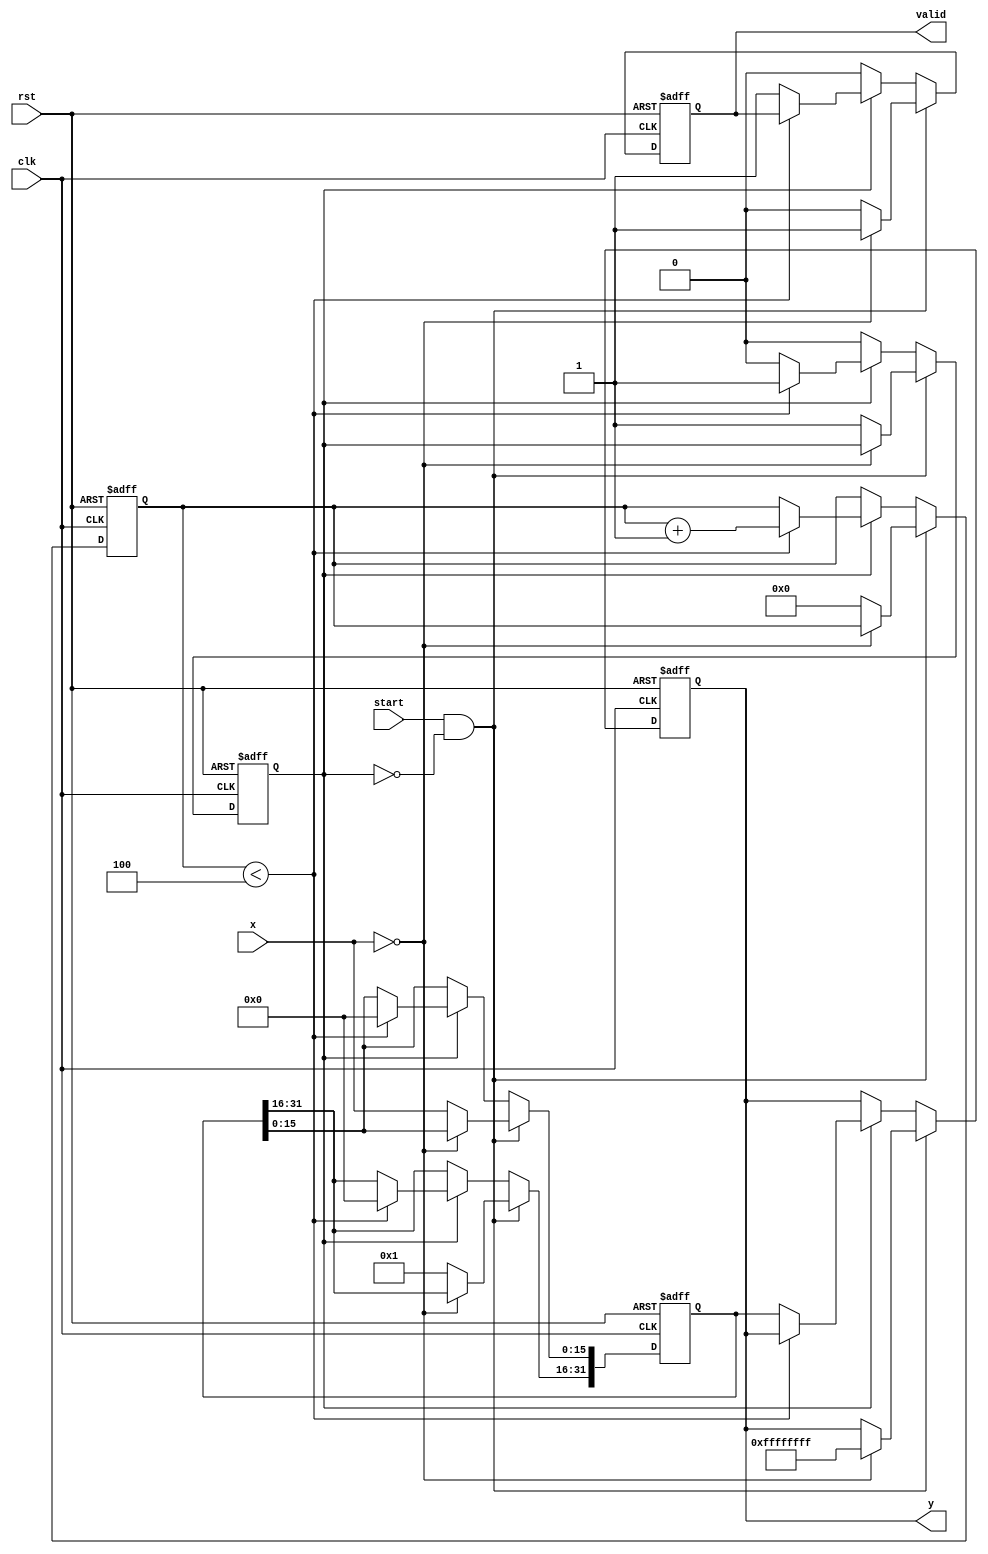
module binary_fractional_reciprocal #(
    parameter N = 16,  // Input width
    parameter M = 32   // Output width (should be greater than N)
)(
    input wire clk,
    input wire rst,
    input wire [N-1:0] x,  // Input: N-bit fixed-point number (0 to 1)
    input wire start,       // Start signal for computation
    output reg [M-1:0] y,   // Output: M-bit fixed-point reciprocal
    output reg valid        // Output valid signal
);

    // Internal state signals
    reg [M-1:0] approx;          // Current approximation of the reciprocal
    reg [3:0] iter;              // Iteration counter
    reg computing;               // Flag to indicate ongoing computation

    // Constants
    localparam MAX_ITER = 4;     // Maximum number of iterations for convergence
    localparam LARGE_VALUE = {M{1'b1}}; // Define a large value for zero input

    always @(posedge clk or posedge rst) begin
        if (rst) begin
            y <= 0;
            valid <= 0;
            approx <= 0;
            iter <= 0;
            computing <= 0;
        end else if (start && !computing) begin
            if (x == 0) begin
                // Handle zero input case
                y <= LARGE_VALUE; // or some defined error signal
                valid <= 1;
            end else begin
                // Initialize approximation for Newton-Raphson: y_0 = 1 / x
                approx <= {M{1'b0}}; // Start with zero
                approx[M-1:N] <= 1;  // Set initial approximation to 1
                approx[N-1:0] <= x;   // Set the input value to the lower bits
                iter <= 0;
                computing <= 1;
                valid <= 0;
            end
        end else if (computing) begin
            if (iter < MAX_ITER) begin
                // Newton-Raphson iteration step
                approx <= approx * (2**M - approx * x) >> M; // Update approximation
                iter <= iter + 1;
            end else begin
                y <= approx; // Output the final result
                valid <= 1;  // Signal that output is valid
                computing <= 0; // End computation
            end
        end else begin
            valid <= 0; // Reset valid signal when not computing
        end
    end

endmodule